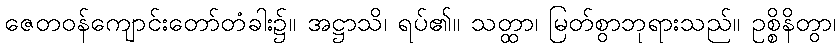
ဇေတဝန်ကျောင်းတော်တံခါး၌။ အဋ္ဌာသိ၊ ရပ်၏။ သတ္ထာ၊ မြတ်စွာဘုရားသည်။ ဥစ္စိနိတွာ၊